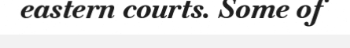
eastern courts. Some of